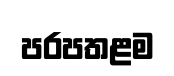
පරපතළම